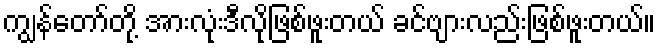
ကျွန်တော်တို့ အားလုံးဒီလိုဖြစ်ဖူးတယ် ခင်ဗျားလည်းဖြစ်ဖူးတယ်။